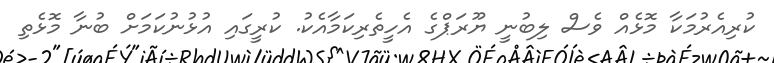
ކުރިއެރުމަކާ މޮޅެއް ވެސް ލިބުނީ ޔޫރަޕްގެ އެހީތެރިކަމާއެކު. ކުރީގައި އުޅުނުކަމަށް ބުނާ މޮޅެތި